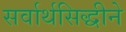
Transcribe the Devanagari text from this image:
सर्वार्थसिद्धीने